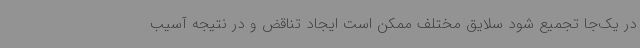
در یک‌جا تجمیع شود سلایق مختلف ممکن است ایجاد تناقض و در نتیجه آسیب